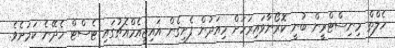
ހެލްތް މިނިސްޓްރީން ބުނީ ކޮރޯނާވައިރަހަށް މިއަދުން ފެށިގެން އައިޖީއެމްއެޗުގައި ޓެސްޓް ހެދޭނެ ކަމަށެވެ.